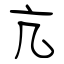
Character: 亢